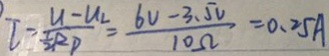
I = \frac { U - U _ { 2 } } { \frac { 1 } { 2 } R P } = \frac { 6 V - 3 . 5 v } { 1 0 \Omega } = 0 . 2 5 A